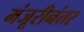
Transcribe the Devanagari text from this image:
मंजूरीनंतर